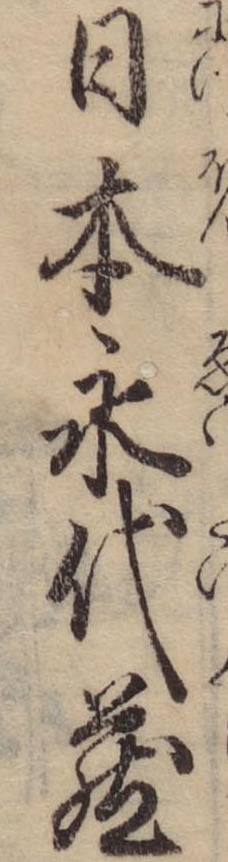
日本永代蔵